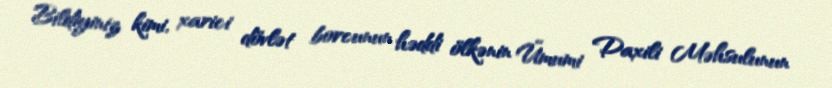
Bildiyiniz kimi, xarici dövlət borcunun həddi ölkənin Ümumi Daxili Məhsulunun